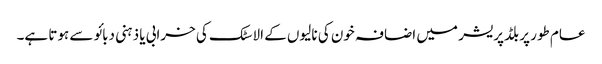
عام طور پر بلڈپریشر میں اضافہ خون کی نالیوں کے الاسٹک کی خرابی یا ذہنی دبائو سے ہوتا ہے۔